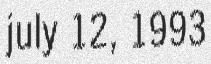
july 12, 1993